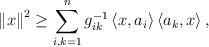
LaTeX: \begin{align*}\left\| x \right\|^2 \ge \sum\limits_{i,k = 1}^n {g_{ik}^{ - 1} } \left\langle {x,a_i } \right\rangle \left\langle {a_k ,x} \right\rangle, \end{align*}